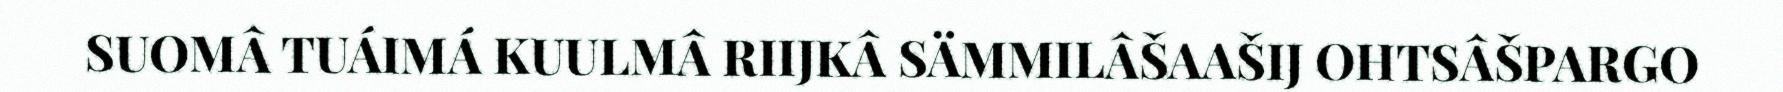
SUOMÂ TUÁIMÁ KUULMÂ RIIJKÂ SÄMMILÂŠAAŠIJ OHTSÂŠPARGO